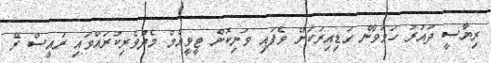
ރިޔާސީ ދައުރު ހަމަވާން ގަޑިއިރަކަށް ވެފައި ވަނިކޮށް ޓީވީއެމް މެދުވެރިކުރައްވައި ރައީސް ރޭ